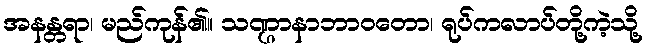
အနန္တရာ၊ မည်ကုန်၏။ သဏ္ဌာနာဘာဝတော၊ ရုပ်ကလာပ်တို့ကဲ့သို့